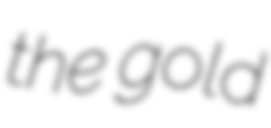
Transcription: the gold